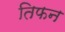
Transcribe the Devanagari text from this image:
तिफन